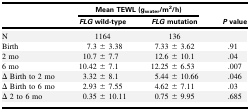
<table><thead><tr><td rowspan="2"></td><td colspan="2"><b>Mean TEWL (g<sub>water</sub>/m<sup>2</sup>/h)</b></td><td rowspan="2"><b><i>P</i> value</b></td></tr><tr><td><b><i>FLG</i> wild-type</b></td><td><b><i>FLG</i> mutation</b></td></tr></thead><tbody><tr><td>N</td><td>1164</td><td>136</td><td></td></tr><tr><td>Birth</td><td>7.3 ± 3.38</td><td>7.33 ± 3.62</td><td>.91</td></tr><tr><td>2 mo</td><td>10.7 ± 7.7</td><td>12.6 ± 10.1</td><td>.04</td></tr><tr><td>6 mo</td><td>10.42 ± 7.1</td><td>12.25 ± 6.53</td><td>.007</td></tr><tr><td>Δ Birth to 2 mo</td><td>3.32 ± 8.1</td><td>5.44 ± 10.66</td><td>.046</td></tr><tr><td>Δ Birth to 6 mo</td><td>2.93 ± 7.55</td><td>4.62 ± 7.11</td><td>.03</td></tr><tr><td>Δ 2 to 6 mo</td><td>0.35 ± 10.11</td><td>0.75 ± 9.95</td><td>.685</td></tr></tbody></table>